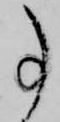
事